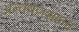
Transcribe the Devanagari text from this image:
अन्वेषणशाला